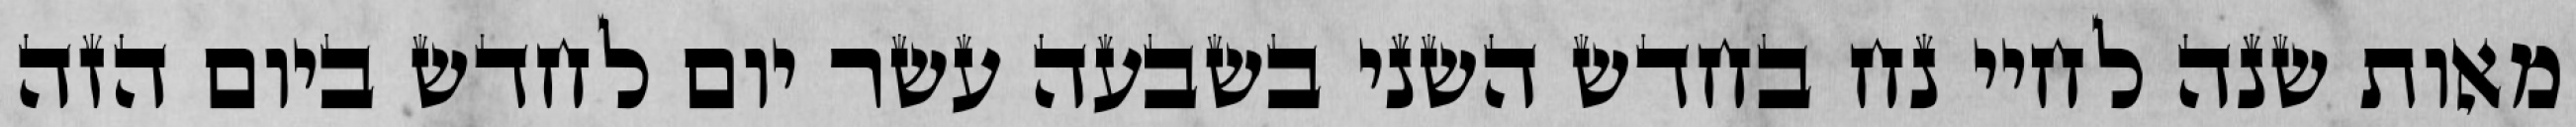
מאות שנה לחיי נח בחדש השני בשבעה עשר יום לחדש ביום הזה